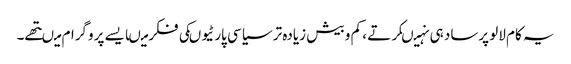
یہ کام لالو پرساد ہی نہیںکرتے ، کم و بیش زیادہ تر سیاسی پارٹیوںکی فکر میںایسے پروگرام میںتھے۔